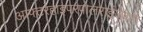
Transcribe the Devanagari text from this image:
आफ्टरहाइपरपोलराईजेशन